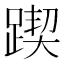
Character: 𨂰